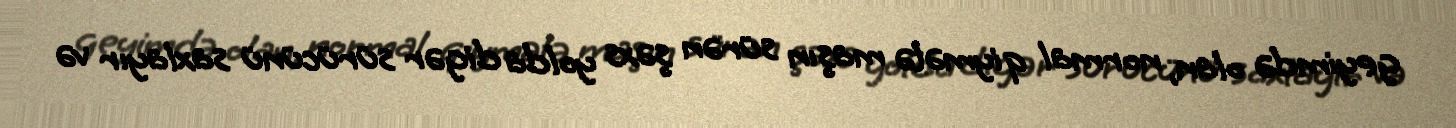
geyimdə olan, normal qiymətə maşın sürən şəxs yolda digər sürücünü saxlayır və